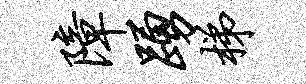
障踊梯